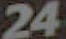
24